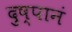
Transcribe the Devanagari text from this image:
दुष्पानं